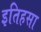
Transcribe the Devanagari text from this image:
इतिहसा